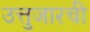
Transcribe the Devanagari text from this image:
उत्तुजारची